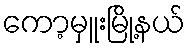
ကော့မှူးမြို့နယ်